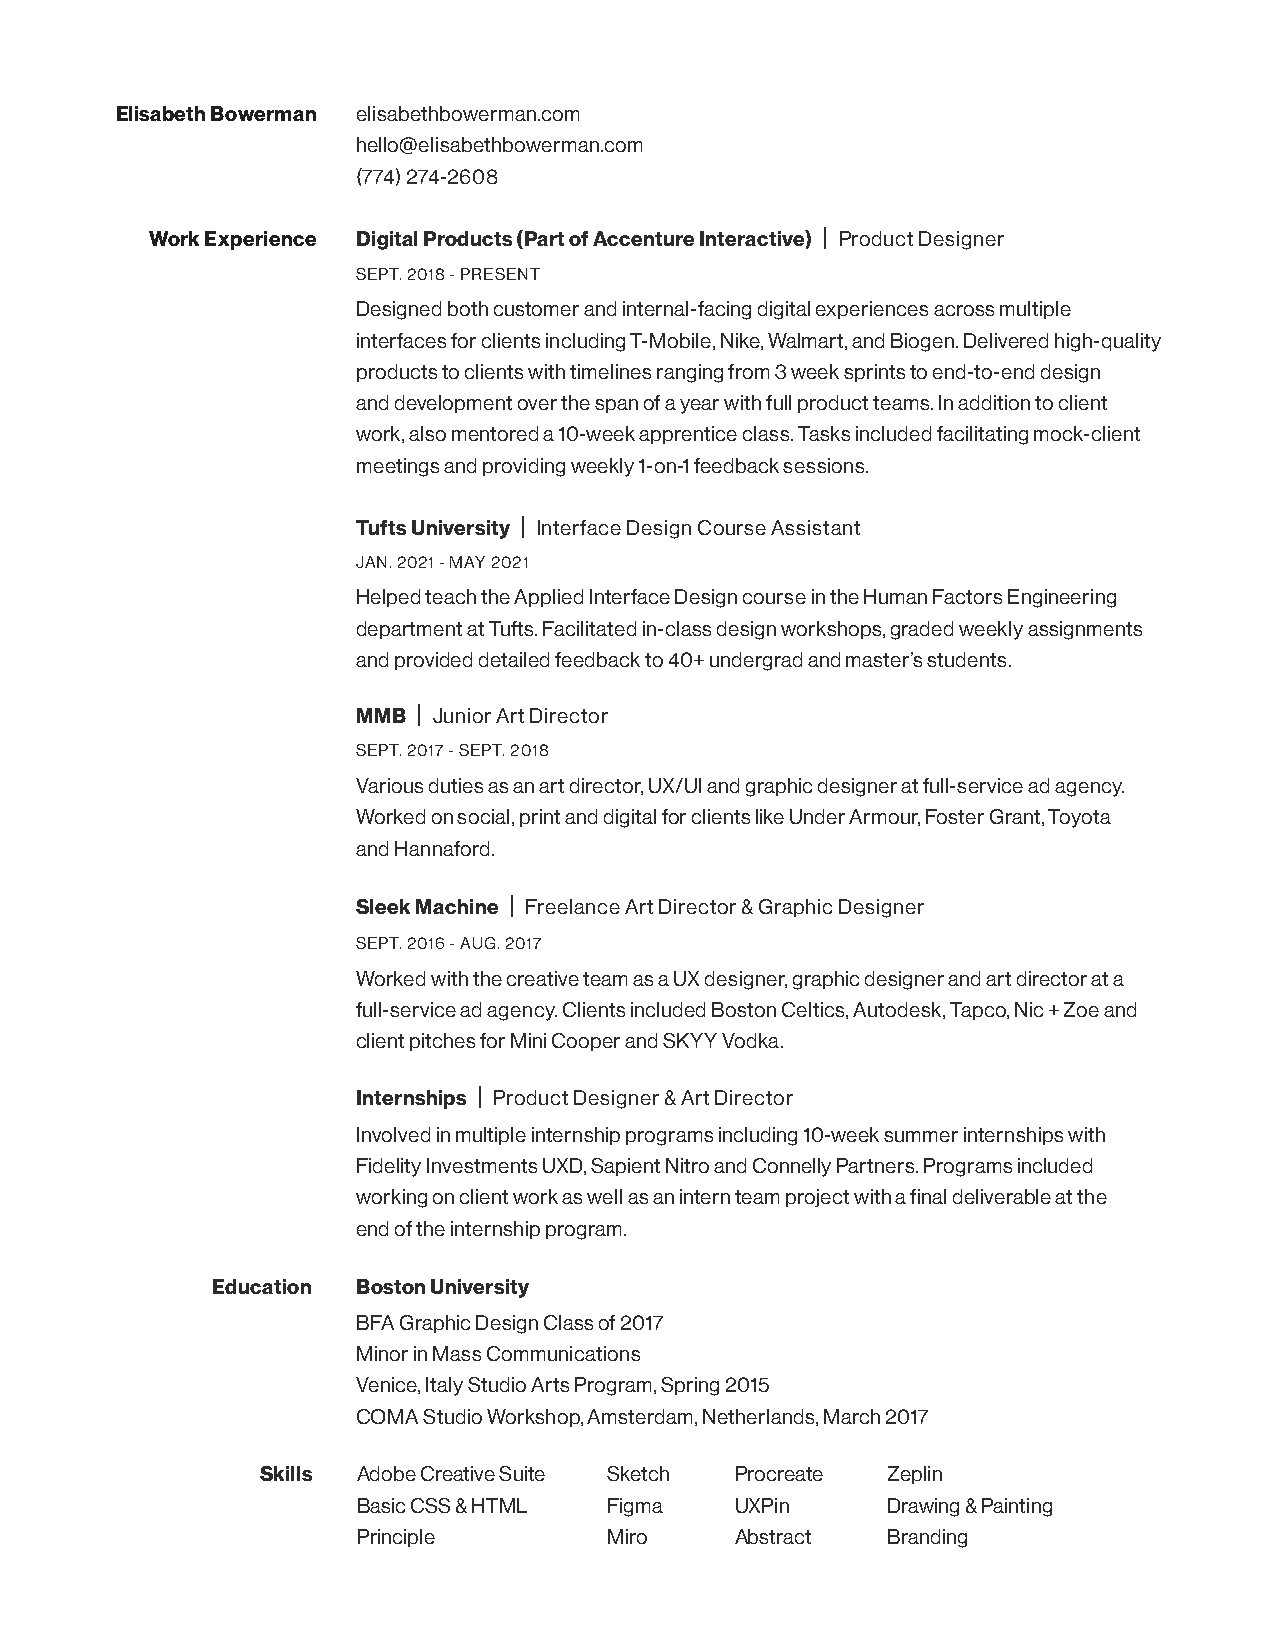
Elisabeth Bowerman elisabethbowerman.com
 hello@elisabethbowerman.com
 (774) 274-2608
 Work Experience Digital Products (Part of Accenture Interactive) | Product Designer
 SEPT. 2018 - PRESENT
 Designed both customer and internal-facing digital experiences across multiple
 interfaces for clients including T-Mobile, Nike, Walmart, and Biogen. Delivered high-quality
 products to clients with timelines ranging from 3 week sprints to end-to-end design
 and development over the span of a year with full product teams. In addition to client
 work, also mentored a 10-week apprentice class. Tasks included facilitating mock-client
 meetings and providing weekly 1-on-1 feedback sessions.
 Tufts University | Interface Design Course Assistant
 JAN. 2021 - MAY 2021
 Helped teach the Applied Interface Design course in the Human Factors Engineering
 department at Tufts. Facilitated in-class design workshops, graded weekly assignments
 and provided detailed feedback to 40+ undergrad and master’s students.
 MMB | Junior Art Director
 SEPT. 2017 - SEPT. 2018
 Various duties as an art director, UX/UI and graphic designer at full-service ad agency.
 Worked on social, print and digital for clients like Under Armour, Foster Grant, Toyota
 and Hannaford.
 Sleek Machine | Freelance Art Director & Graphic Designer
 SEPT. 2016 - AUG. 2017
 Worked with the creative team as a UX designer, graphic designer and art director at a
 full-service ad agency. Clients included Boston Celtics, Autodesk, Tapco, Nic + Zoe and
 client pitches for Mini Cooper and SKYY Vodka.
 Internships | Product Designer & Art Director
 Involved in multiple internship programs including 10-week summer internships with
 Fidelity Investments UXD, Sapient Nitro and Connelly Partners. Programs included
 working on client work as well as an intern team project with a final deliverable at the
 end of the internship program.
 Education Boston University
 BFA Graphic Design Class of 2017
 Minor in Mass Communications
 Venice, Italy Studio Arts Program, Spring 2015
 COMA Studio Workshop, Amsterdam, Netherlands, March 2017
 Skills Adobe Creative Suite Sketch Procreate Zeplin
 Basic CSS & HTML Figma   UXPin     Drawing & Painting
 Principle       Miro     Abstract  Branding